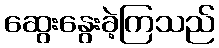
ဆွေးနွေးခဲ့ကြသည်